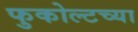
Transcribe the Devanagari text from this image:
फुकोल्टच्या